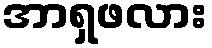
အာရှဖလား